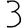
Digit: 3